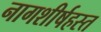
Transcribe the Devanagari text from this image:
नागशीर्षहस्त